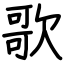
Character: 歌